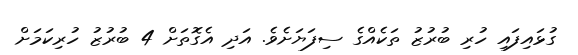
ގުޅައިފައި ހުރި ބުރުޒު ތަކެއްގެ ސިފަޔަށެވެ. އަދި އެގޮތަށް 4 ބުރުޒު ހުރިކަމަށް